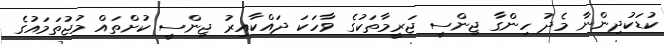
ކުޑަކުދިންނާ މެދު ހިންގާ ޖިންސީ ޖަރީމާތަކުގެ ވާހަކަ ދައްކާއިރު ޖިންސީ ކުށްތައް މުޖުތަމައުގެ